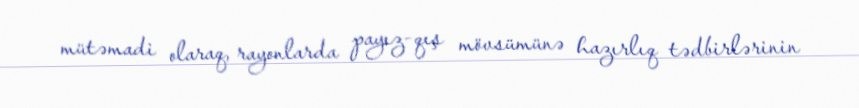
mütəmadi olaraq, rayonlarda payız-qış mövsümünə hazırlıq tədbirlərinin